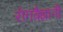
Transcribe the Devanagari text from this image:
रोगवैज्ञानी